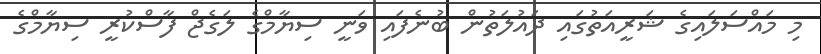
މި މައްސަލައިގެ ޝަރީއަތުގައި ދައުލަތުން ބުނެފައި ވަނީ ސިޔާމްގެ ލަގެޖް ފާސްކުރީ ސިޔާމްގެ